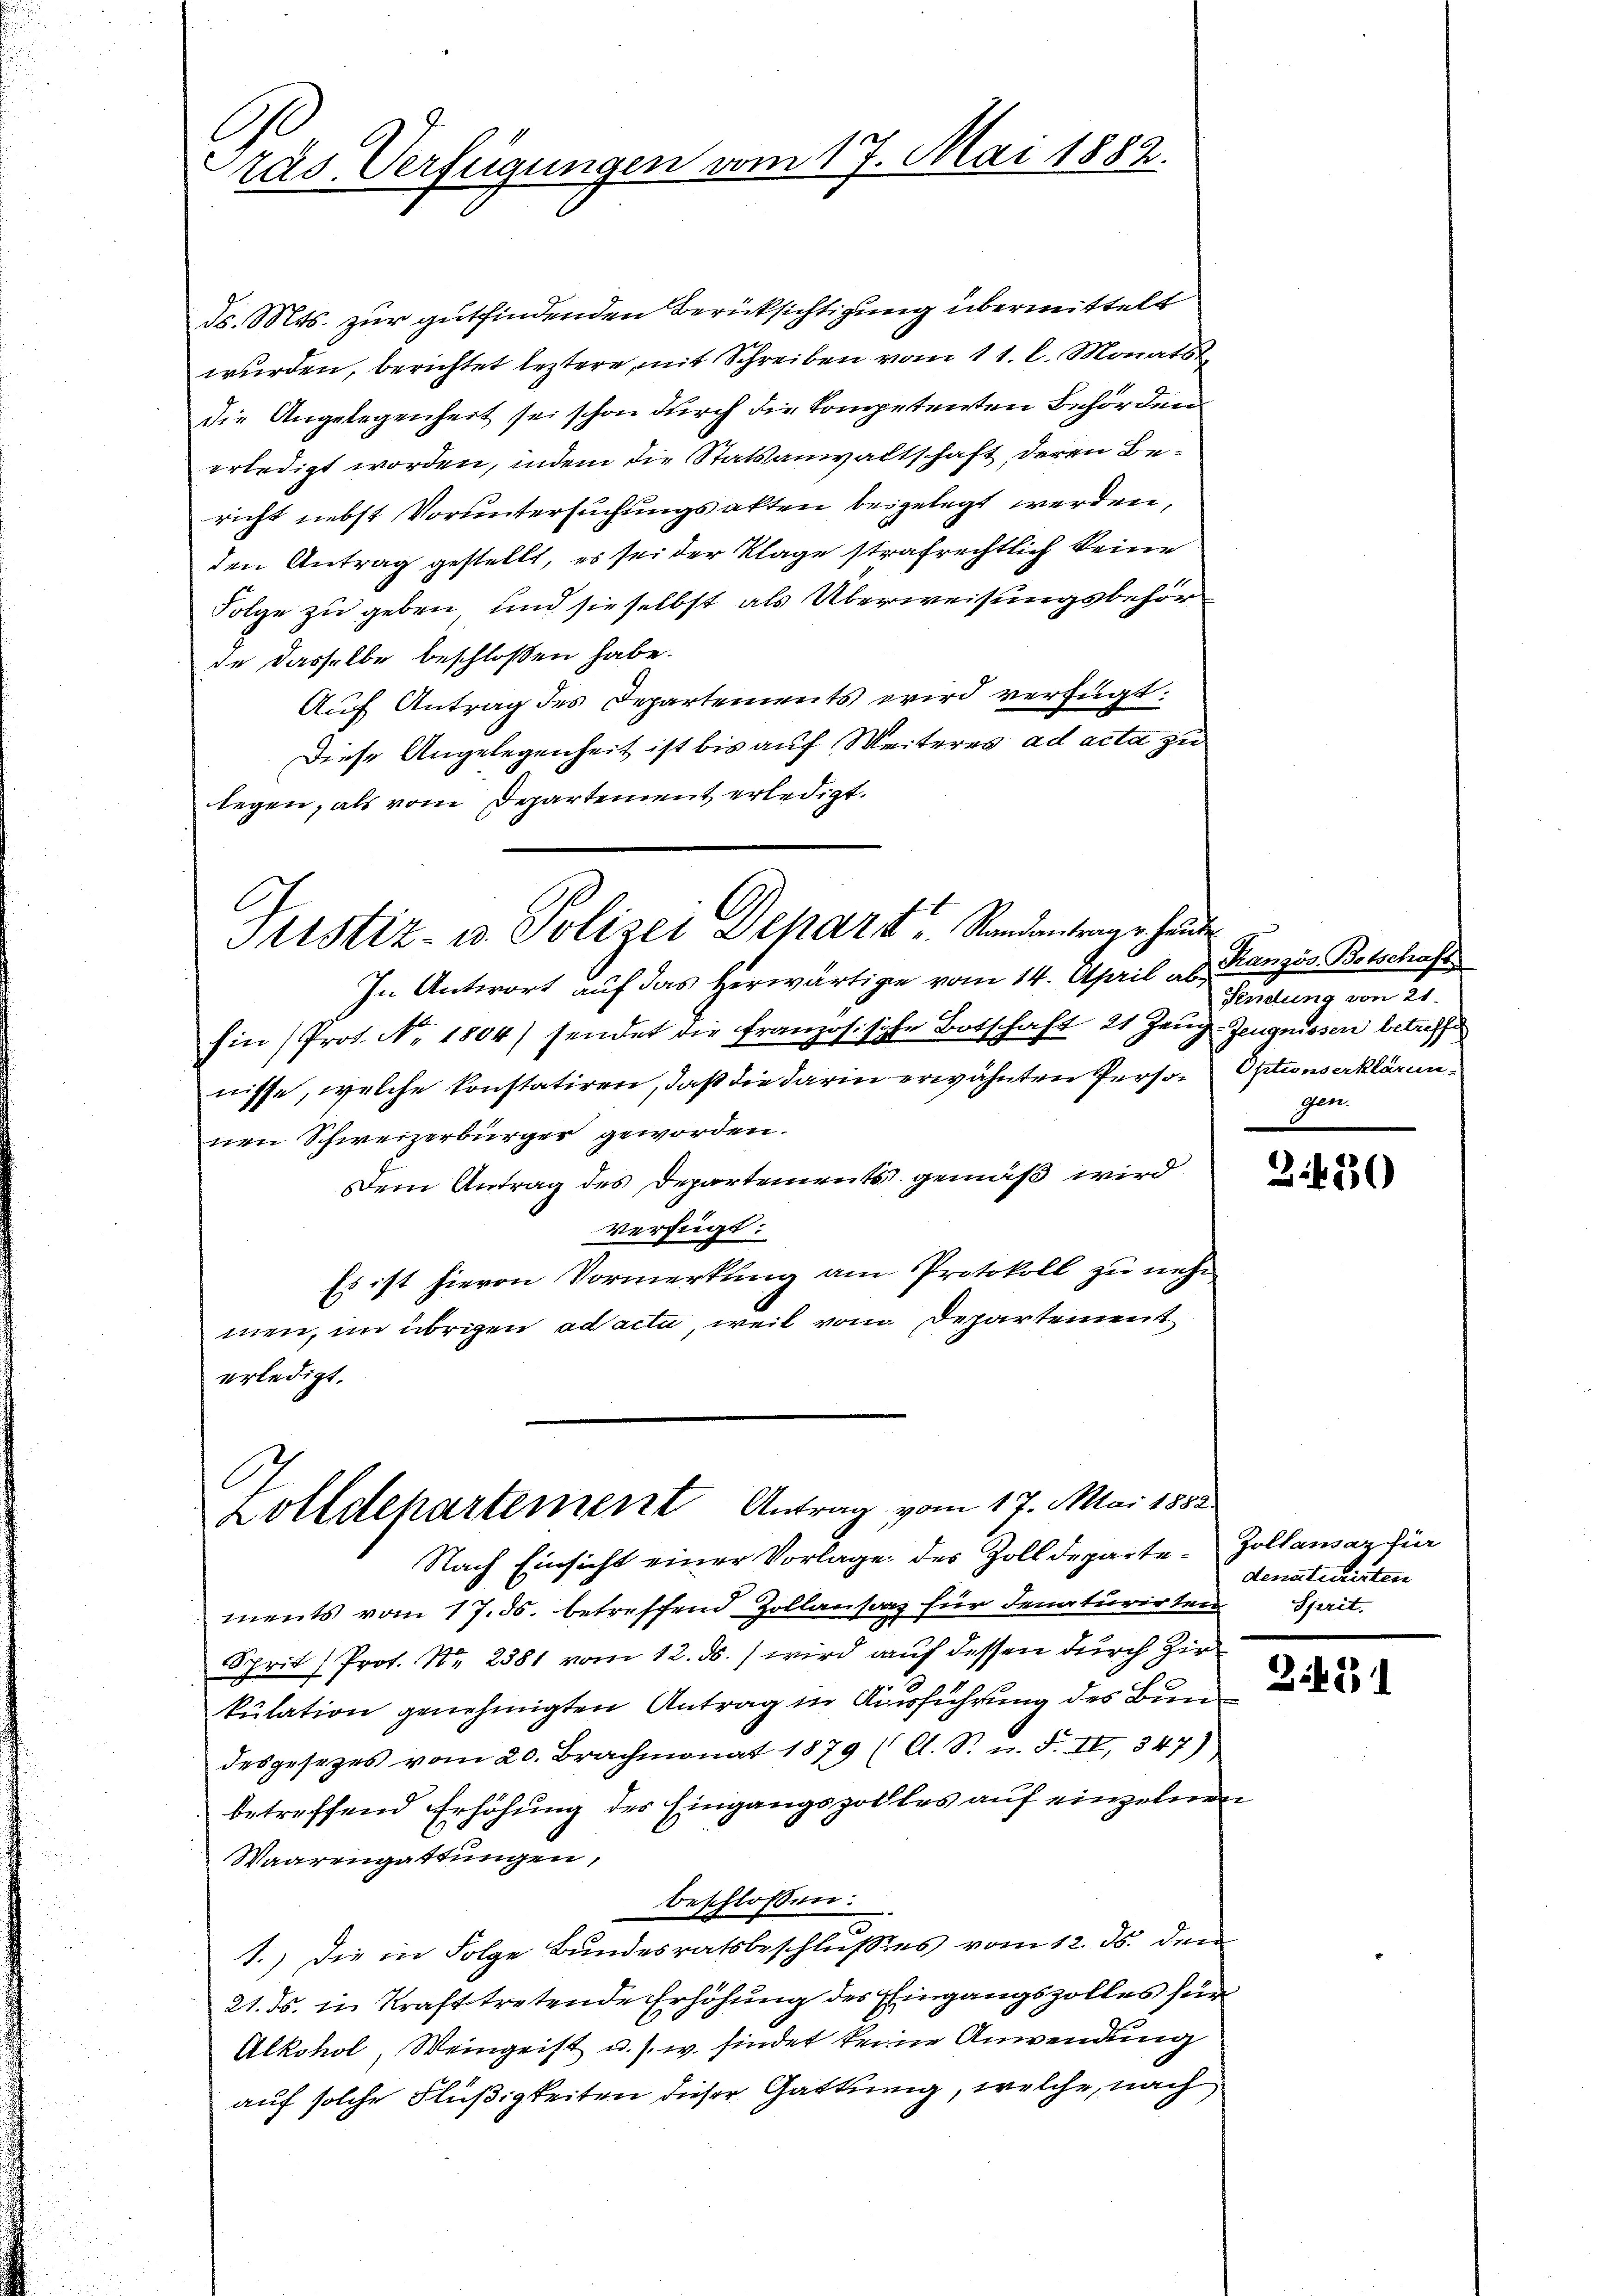
räs. Verfügungen vom 17. Mai 1882.

Justiz- u. Polizei Dehart u. Standantrage heute

Zolldepartement Antrag vom 17. Mai 1882.

ds. Mts. zur gutfindenden Berücksichtigung übermittelt
wurden, berichtet leztere, mit Schreiben vom 11. l. Monats
die Angelegenheit sei schon durch die kompetenten Behörden
erledigt worden, indem die Statsanwaltschaft, deren Bericht nebst Voruntersuchungsakten beigelegt werden,
den Antrag gestellt, es sei der Klage strafrechtlich keine
Folge zu geben, und sie selbst als Überweisungsbehör
de dasselbe beschloßen habe.
Auf Antrag des Departements wird verfügt:
Diese Angelegenheit ist bis auf Weiteres ad acta zu
legen, als vom Departement erledigt.

In Antwort auf das herwärtige vom 14. April ab. Kranzös. Botschaft
hin (Prot. No. 1804) sendet die französische Botschaft 21 Zeug-Zeugnisser betreffe
nisse, welche konstatiren, daß die darin erwähnten Person Optionserklärunnen Schweizerbürger geworden.
Dem Antrag des Departements gemäß wird
verfügt:
Es ist hievon Vormerkung am Protokoll zu nehm
men, im übrigen ad acta, weil vom Departement
erledigt.

Nach Einsicht einer Vorlage des Zolldeparte Zollansaz für
ments vom 17. ds. betreffend Zollantanz für denaturirten Seit
Sprit (Prof. No. 2381 vom 12. ds. wird auf dessen durch Zir
kulation genehmigten Antrag in Ausführung des Bun
desgesetzes vom 20. Brachmonat 1879 (C. S. F. II, 347)
betreffend Erhöhung des Eingangszolles auf einzelnen
Waarengattungen,
beschlossen:
e
1.) Die in Folge Bundesratsbeschlußes vom 12. ds. dem
21. ds. in Krafttretende Erhöhung des Eingangszolles für
Alkohol, Weingeist u. s. w. findet keine Anwendung
auf solche Flüßigkeiten dieser Gattung, welche, nach

Fendung von 21.
gen.

3.430

denaturirten

Zif. 21